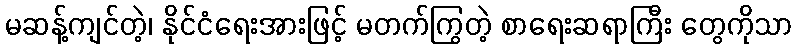
မဆန့်ကျင်တဲ့၊ နိုင်ငံရေးအားဖြင့် မတက်ကြွတဲ့ စာရေးဆရာကြီး တွေကိုသာ